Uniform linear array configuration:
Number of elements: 12
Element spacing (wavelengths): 0.25
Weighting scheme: hann
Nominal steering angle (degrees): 45
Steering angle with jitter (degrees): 43.341
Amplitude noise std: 0.05
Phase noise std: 0.05

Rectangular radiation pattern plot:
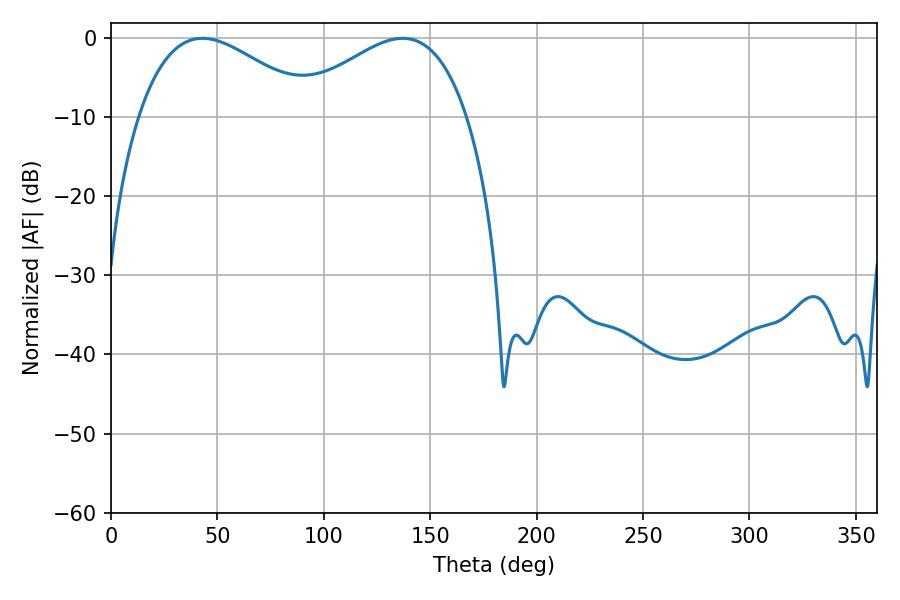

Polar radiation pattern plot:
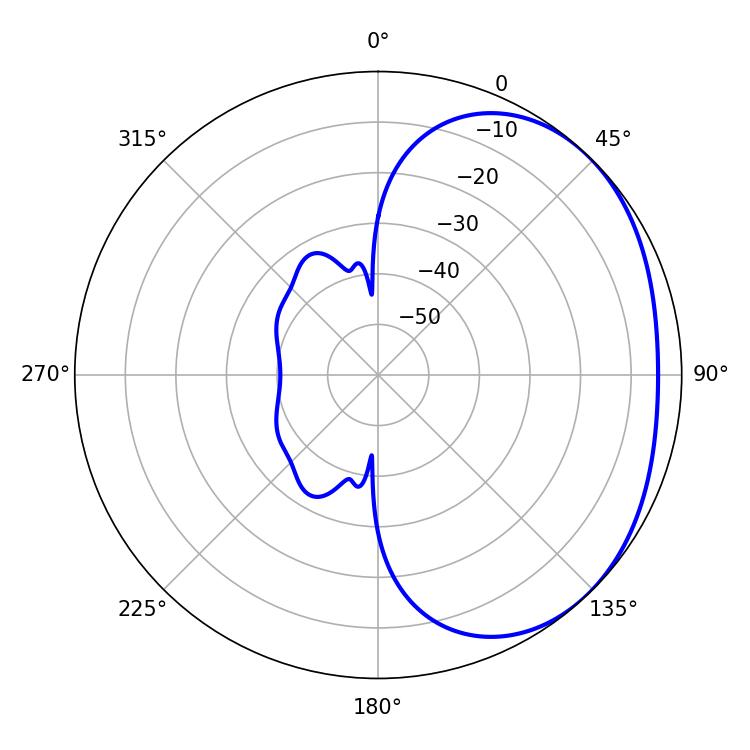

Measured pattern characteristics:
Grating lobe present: FALSE
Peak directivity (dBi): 2.207
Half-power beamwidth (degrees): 45
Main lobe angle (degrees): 43.02